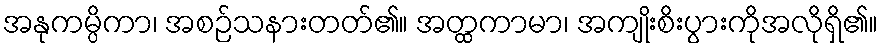
အနုကမ္ပိကာ၊ အစဉ်သနားတတ်၏။ အတ္ထကာမာ၊ အကျိုးစိးပွားကိုအလိုရှိ၏။